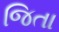
જિતા